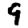
Digit: 9